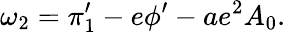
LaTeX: \omega_{2}=\pi_{1}^{\prime}-e\phi^{\prime}-ae^{2}A_{0}.